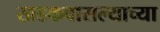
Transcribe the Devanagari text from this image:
खडकवासल्याच्या